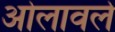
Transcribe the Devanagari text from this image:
ओलावले